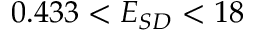
0 . 4 3 3 < E _ { S D } < 1 8